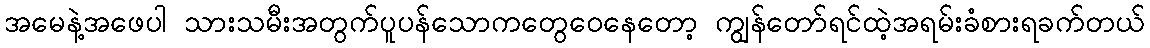
အမေနဲ့အဖေပါ သားသမီးအတွက်ပူပန်သောကတွေဝေနေတော့ ကျွန်တော်ရင်ထဲ့အရမ်းခံစားရခက်တယ်